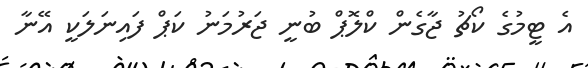
އެ ޓީމުގެ ކޯޗު ޖާގެން ކްލޮޕް ބުނީ ޖަރުމަނު ކަޕް ފައިނަލަކީ އޭނާ